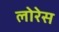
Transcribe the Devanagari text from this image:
लोरेस